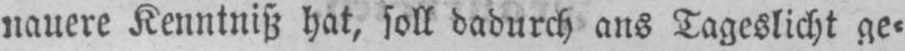
nauere Kenntniß hat, soll dadurch ans Tageslicht ge⸗